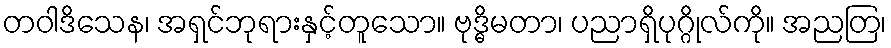
တဝါဒိသေန၊ အရှင်ဘုရားနှင့်တူသော။ ဗုဒ္ဓိမတာ၊ ပညာရှိပုဂ္ဂိုလ်ကို။ အညတြ၊